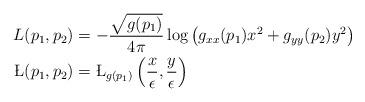
LaTeX: \begin{align*}L(p_1,p_2) &= -\frac{\sqrt{g(p_1) }}{4 \pi} \log \left( g_{xx}(p_1) x^2 + g_{yy}(p_2) y^2 \right) \\\L(p_1,p_2) &= \L_{g(p_1)}\left( \frac{x}{\epsilon}, \frac{y}{\epsilon} \right)\end{align*}